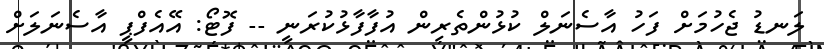
ލަނޑު ޖެހުމަށް ފަހު އާސެނަލް ކުޅުންތެރިން އުފާފާޅުކުރަނީ -- ފޮޓޯ: އޭއެފްޕީ އާސެނަލަށް